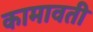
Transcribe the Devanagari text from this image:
कामावती